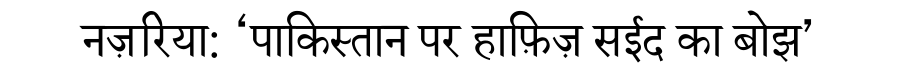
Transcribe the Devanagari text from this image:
नज़रिया: ‘पाकिस्तान पर हाफ़िज़ सईद का बोझ’